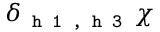
\delta _ { \texttt { h 1 , h 3 } } \chi